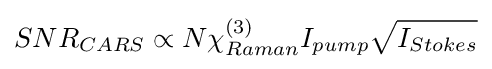
SNR_{CARS}\propto N\chi _{Raman}^{(3)}I_{pump}{\sqrt {I_{Stokes}}}